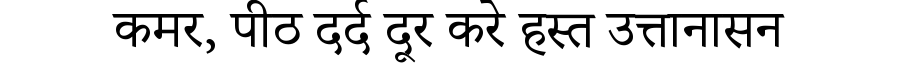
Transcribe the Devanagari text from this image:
कमर, पीठ दर्द दूर करे हस्त उत्तानासन